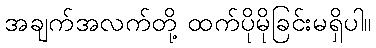
အချက်အလက်တို့ ထက်ပိုမိုခြင်းမရှိပါ။